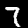
Digit: 7